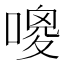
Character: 𠻦